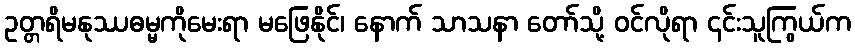
ဥတ္တရိမနုဿဓမ္မကိုမေးရာ မဖြေနိုင်၊ နောက် သာသနာ တော်သို့ ဝင်လိုရာ ၎င်းသူကြွယ်က